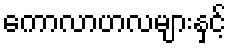
ကောလာဟလများနှင့်